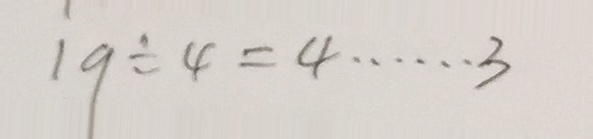
1 9 \div 4 = 4 \cdots 3